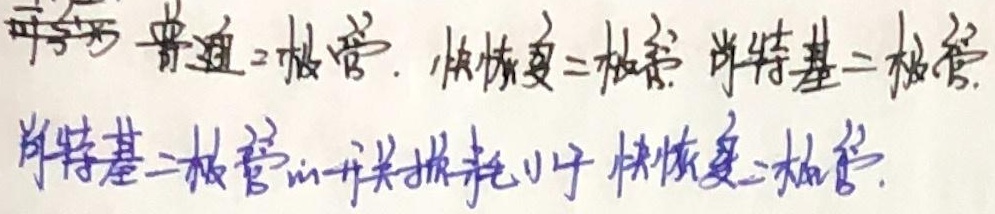
普通二极管，快恢复二极管，肖特基二极管。肖特基二极管的开关损耗小于快恢复二极管。